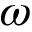
\omega